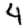
Digit: 4